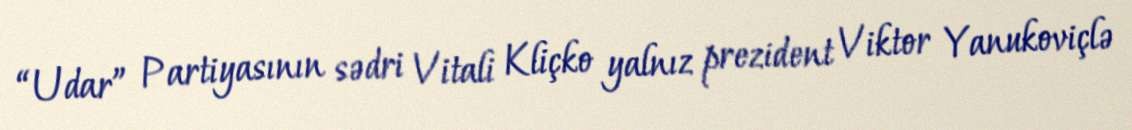
“Udar” Partiyasının sədri Vitali Kliçko yalnız prezident Viktor Yanukoviçlə